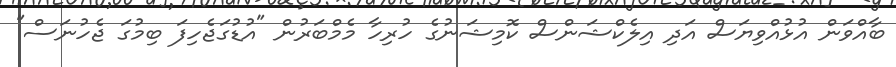
ބާއްވަން އުޅުއްވިޔަސް އަދި އިލެކްޝަންސް ކޮމިޝަނުގެ ހުރިހާ މެމްބަރުން "އުޑުގަޖެހިފަ ބިމުގަ ޖެހުނަސް"